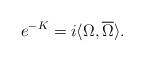
LaTeX: \begin{align*}e^{-K}=i \langle \Omega, \overline{\Omega} \rangle.\end{align*}